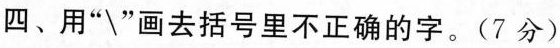
四、用”\”画去括号里不正确的字。(7分)